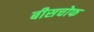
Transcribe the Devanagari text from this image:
बीसचोफ